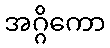
အဂ္ဂိကော